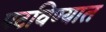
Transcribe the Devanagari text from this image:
पटविण्यात